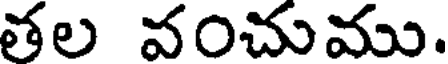
తల వంచుము.